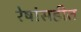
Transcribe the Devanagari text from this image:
रेषांसहीत